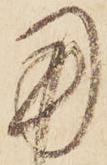
用